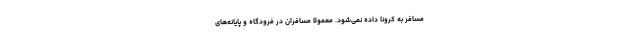
مسافر به کرونا داده نمی‌شود. معمولا مسافران در فرودگاه و پایانه‌های